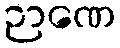
ဉာဏေ